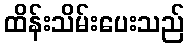
ထိန်းသိမ်းပေးသည်